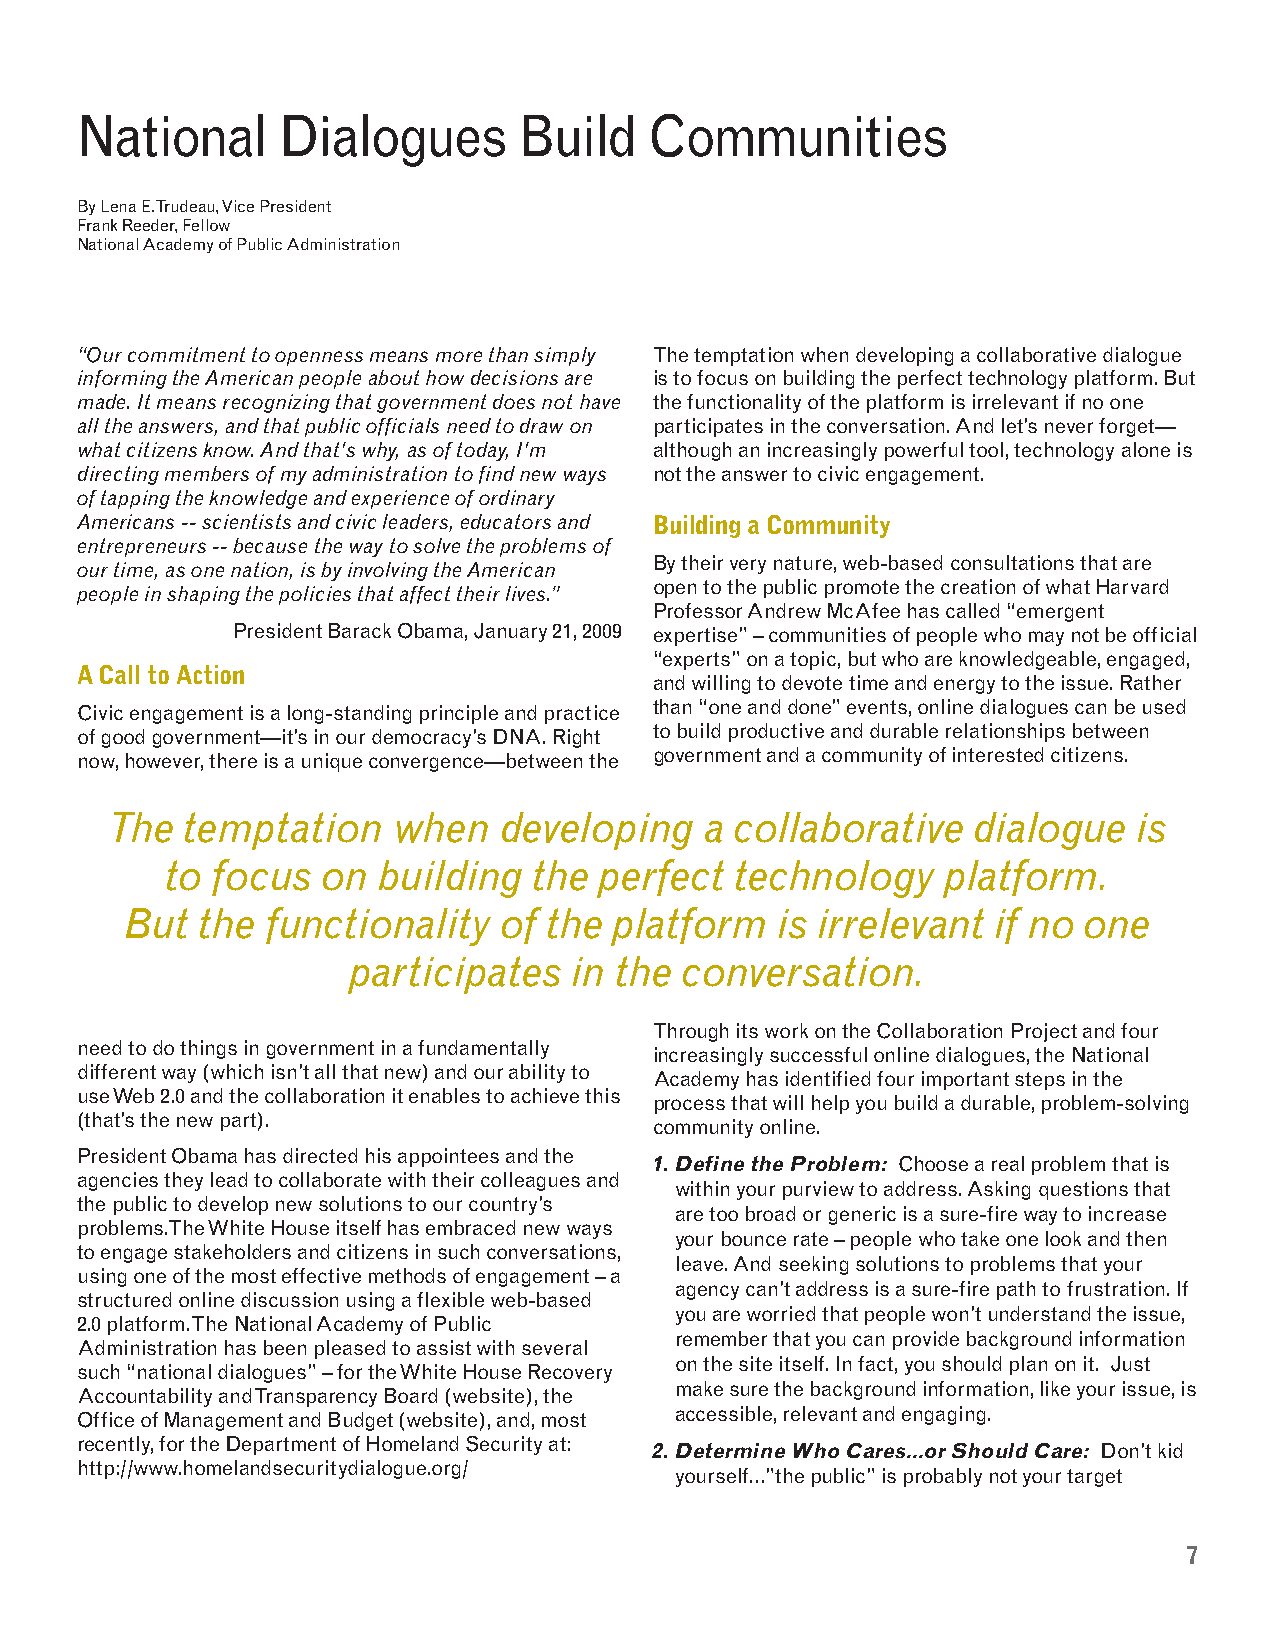
National     Dialogues       Build    Communities
 By Lena E. Trudeau, Vice President
 Frank Reeder, Fellow
 National Academy of Public Administration
 “Our commitment to openness means more than simply The temptation when developing a collaborative dialogue
 informing the American people about how decisions are is to focus on building the perfect technology platform. But
 made. It means recognizing that government does not have the functionality of the platform is irrelevant if no one
 all the answers, and that public officials need to draw on participates in the conversation. And let’s never forget—
 what citizens know. And that's why, as of today, I'm although an increasingly powerful tool, technology alone is
 directing members of my administration to find new ways not the answer to civic engagement.
 of tapping the knowledge and experience of ordinary
 Americans -- scientists and civic leaders, educators and Building a Community
 entrepreneurs -- because the way to solve the problems of
 By their very nature, web-based consultations that are
 our time, as one nation, is by involving the American
 open to the public promote the creation of what Harvard
 people in shaping the policies that affect their lives.”
 Professor Andrew McAfee has called “emergent
 President Barack Obama, January 21, 2009 expertise” – communities of people who may not be official
 “experts” on a topic, but who are knowledgeable, engaged,
 A Call to Action
 and willing to devote time and energy to the issue. Rather
 Civic engagement is a long-standing principle and practice than “one and done” events, online dialogues can be used
 of good government—it’s in our democracy’s DNA. Right to build productive and durable relationships between
 now, however, there is a unique convergence—between the government and a community of interested citizens.
 The  temptation    when   developing    a collaborative  dialogue   is
 to focus  on  building  the  perfect  technology    platform.
 But  the  functionality  of the  platform  is irrelevant  if no one
 participates   in the conversation.
 Through its work on the Collaboration Project and four
 need to do things in government in a fundamentally
 increasingly successful online dialogues, the National
 different way (which isn’t all that new) and our ability to
 Academy has identified four important steps in the
 use Web 2.0 and the collaboration it enables to achieve this
 process that will help you build a durable, problem-solving
 (that’s the new part).
 community online.
 President Obama has directed his appointees and the
 1.Define the Problem: Choose a real problem that is
 agencies they lead to collaborate with their colleagues and
 within your purview to address. Asking questions that
 the public to develop new solutions to our country’s
 are too broad or generic is a sure-fire way to increase
 problems. The White House itself has embraced new ways
 your bounce rate – people who take one look and then
 to engage stakeholders and citizens in such conversations,
 leave. And seeking solutions to problems that your
 using one of the most effective methods of engagement – a
 agency can’t address is a sure-fire path to frustration. If
 structured online discussion using a flexible web-based
 you are worried that people won’t understand the issue,
 2.0 platform. The National Academy of Public
 remember that you can provide background information
 Administration has been pleased to assist with several
 on the site itself. In fact, you should plan on it. Just
 such “national dialogues” – for the White House Recovery
 make sure the background information, like your issue, is
 Accountability and Transparency Board (website), the
 Office of Management and Budget (website), and, most accessible, relevant and engaging.
 recently, for the Department of Homeland Security at:
 2.Determine Who Cares…or Should Care: Don’t kid
 http://www.homelandsecuritydialogue.org/
 yourself…”the public” is probably not your target
 7